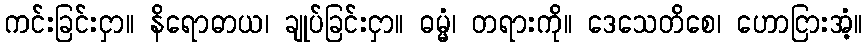
ကင်းခြင်းငှာ။ နိရောဓာယ၊ ချုပ်ခြင်းငှာ။ ဓမ္မံ၊ တရားကို။ ဒေသေတိစေ၊ ဟောငြားအံ့။